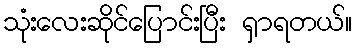
သုံးလေးဆိုင်ပြောင်းပြီး ရှာရတယ်။